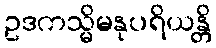
ဥဒကသ္မိမနုပရိယန္တိ